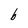
Character: b